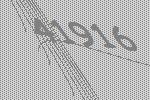
41916